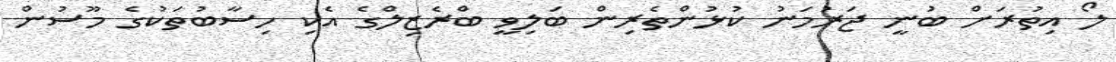
ލޯ އިތުރަށް ބުނީ ޖަރުމަނު ކުޅުންތެރިން ބަލިވީ ބްރެޒިލްގެ އެކި ހިސާބުތަކުގެ މޫސުން